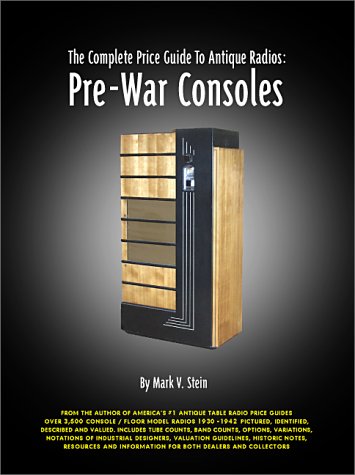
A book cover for The Complete Price Guide to Antique Radios: Pre-War Consoles; Mark V. Stein; Crafts, Hobbies & Home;